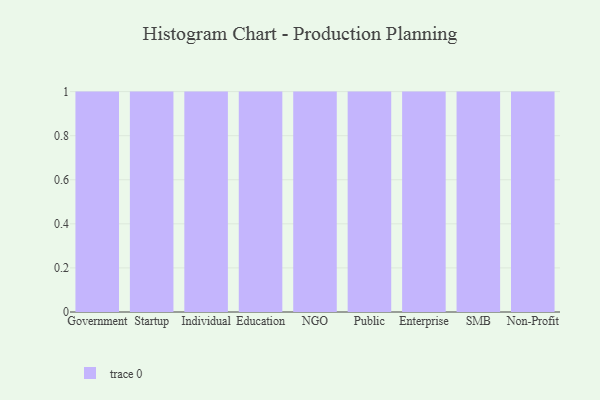
{"axis": {"x": "Segment", "y": "Operating Costs (USD K)"}, "legend": [""], "data": [{"x": "Government", "y": 99, "type": ""}, {"x": "Startup", "y": 33, "type": ""}, {"x": "Individual", "y": 32, "type": ""}, {"x": "Education", "y": 84, "type": ""}, {"x": "NGO", "y": 64, "type": ""}, {"x": "Public", "y": 16, "type": ""}, {"x": "Enterprise", "y": 70, "type": ""}, {"x": "SMB", "y": 13, "type": ""}, {"x": "Non-Profit", "y": 84, "type": ""}]}